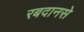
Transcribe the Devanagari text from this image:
रबदानसे